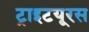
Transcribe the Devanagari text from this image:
ट्राइटयूरस